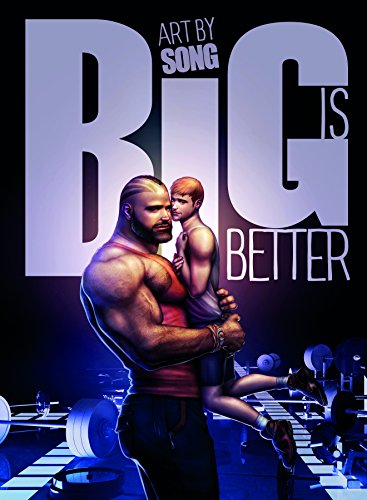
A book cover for Big Is Better; Comics & Graphic Novels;